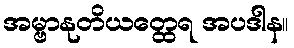
အမ္ဗာနုတိယတ္ထေရ အပဒါန။